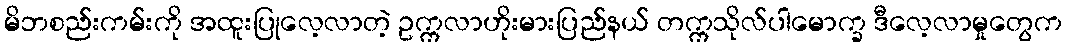
မိဘစည်းကမ်းကို အထူးပြုလေ့လာတဲ့ ဥက္ကလာဟိုးမားပြည်နယ် တက္ကသိုလ်ပါမောက္ခ ဒီလေ့လာမှုတွေက